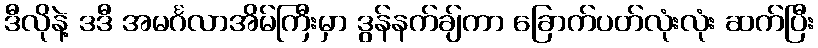
ဒီလိုနဲ့ ဒဒီ အမင်္ဂလာအိမ်ကြီးမှာ ဒွန်နက်ချ်ကာ ခြောက်ပတ်လုံးလုံး ဆက်ပြီး